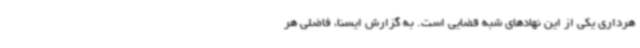
هرداری یکی از این نهادهای شبه قضایی است. به گزارش ایسنا، فاضلی هر